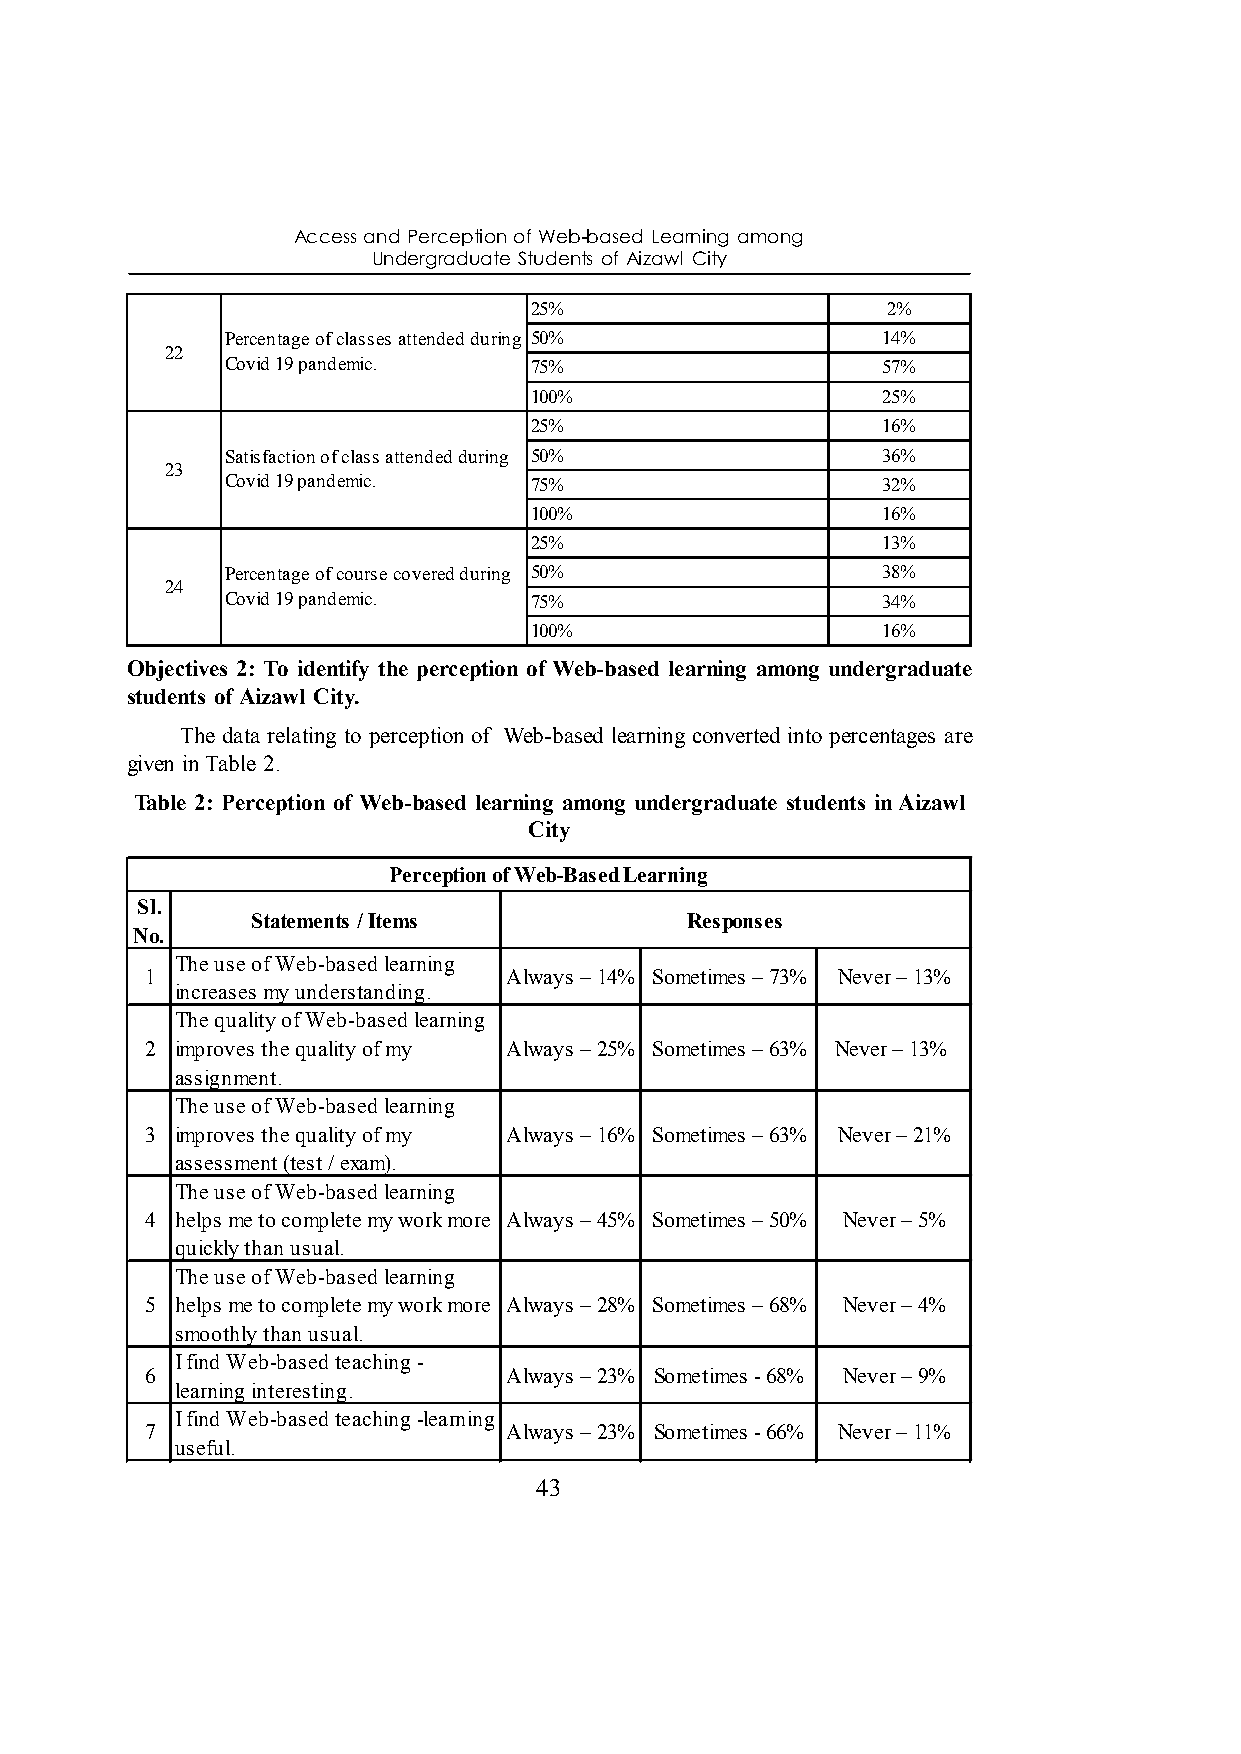
Access and Perception of Web-based Learning among
 Undergraduate Students of Aizawl City
 25%                     2%
 Percentage of classes attended during 50%  14%
 22
 Covid 19 pandemic.  75%                    57%
 100%                   25%
 25%                    16%
 Satisfaction of class attended during 50%  36%
 23
 Covid 19 pandemic.  75%                    32%
 100%                   16%
 25%                    13%
 Percentage of course covered during 50%    38%
 24
 Covid 19 pandemic.  75%                    34%
 100%                   16%
 Objectives 2: To identify the perception of Web-based learning among undergraduate
 students of Aizawl City.
 The data relating to perception of Web-based learning converted into percentages are
 given in Table 2.
 Table 2: Perception of Web-based learning among undergraduate students in Aizawl
 City
 Perception of Web-Based Learning
 Sl.
 Statements / Items          Responses
 No.
 The use of Web-based learning
 1                       Always – 14% Sometimes – 73% Never – 13%
 increases my understanding.
 The quality of Web-based learning
 2 improves the quality of my Always – 25% Sometimes – 63% Never – 13%
 assignment.
 The use of Web-based learning
 3 improves the quality of my Always – 16% Sometimes – 63% Never – 21%
 assessment (test / exam).
 The use of Web-based learning
 4 helps me to complete my work more Always – 45% Sometimes – 50% Never – 5%
 quickly than usual.
 The use of Web-based learning
 5 helps me to complete my work more Always – 28% Sometimes – 68% Never – 4%
 smoothly than usual.
 I find Web-based teaching -
 6                       Always – 23% Sometimes - 68% Never – 9%
 learning interesting.
 I find Web-based teaching -learning
 7                       Always – 23% Sometimes - 66% Never – 11%
 useful.
 43